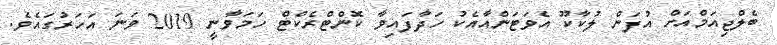
ބެލްޖިއަމްއަށް އުފަން ލުކާކޫ އެވަޓަންއާއެކު ހަދާފައިވާ ކޮންޓްރެކްޓް ހަމަވާނީ 2019 ވަނަ އަހަރުގައެވެ.